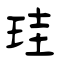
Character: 珪